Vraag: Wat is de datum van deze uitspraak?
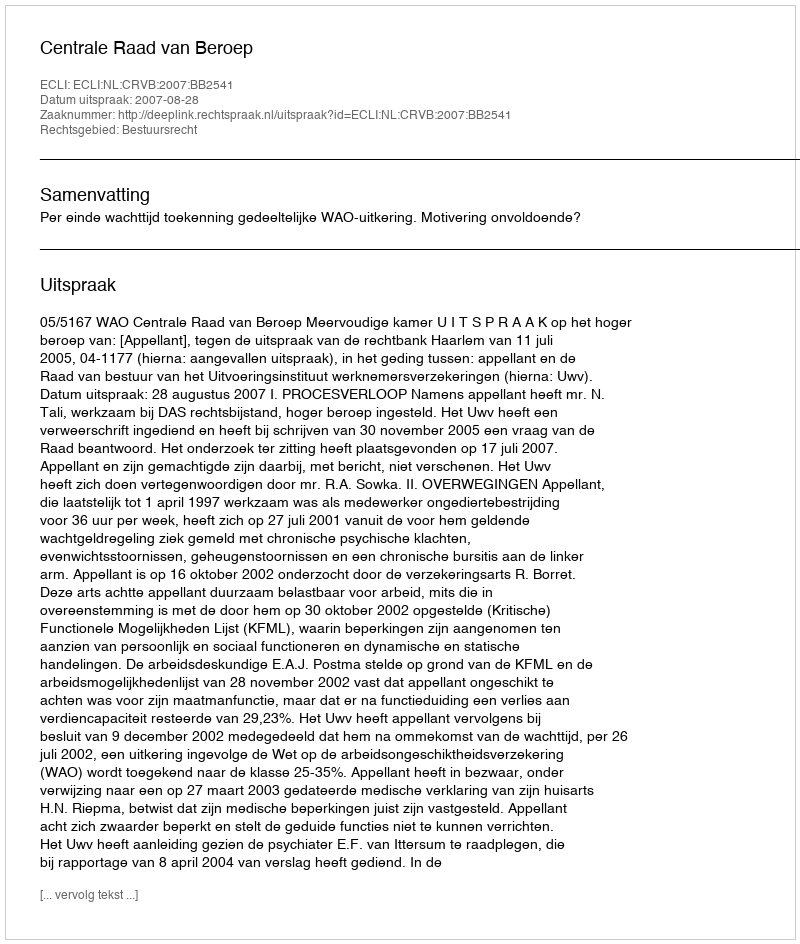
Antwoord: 2007-08-28